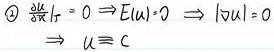
\[
\textcircled{2}\ \frac{\partial u}{\partial \tau}\big|_{\Gamma}=0\Rightarrow E[u]=0\Rightarrow|\nabla u| = 0\Rightarrow u\equiv c
\]